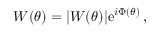
W ( \theta ) = | W ( \theta ) | \mathrm { e } ^ { i \Phi ( \theta ) } \, ,